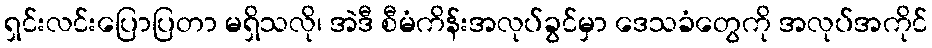
ရှင်းလင်းပြောပြတာ မရှိသလို၊ အဲဒီ စီမံကိန်းအလုပ်ခွင်မှာ ဒေသခံတွေကို အလုပ်အကိုင်